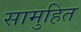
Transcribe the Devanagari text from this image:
सामुहित